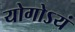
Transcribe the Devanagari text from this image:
योगोऽयं